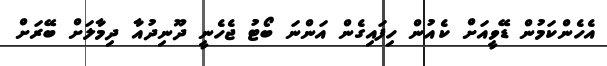
އެހެންކަމުން ޑޭވީއަށް ކެއުން ހިފައިގެން އަންނަ ބޯޓު ޖެހެނީ ދޫނިދުއާ ދިމާލަށް ބޭރަށް